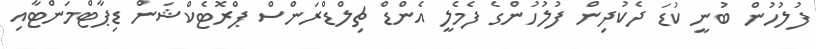
ފުލުހުން ބުނީ ކުޑަ ދެކުދިން ފުލުހުންގެ ފެމެލީ އެންޑް ޗިލްޑްރަންސް ޕްރޮޓެކްޝަން ޑިޕާޓްމަންޓާއި